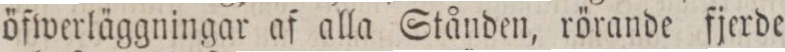
öfwerläggningar af alla Stånden, rörande fjerde